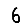
Digit: 6